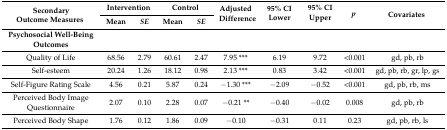
<table><thead><tr><td rowspan="2"><b>Secondary Outcome Measures</b></td><td colspan="2"><b>Intervention</b></td><td colspan="2"><b>Control</b></td><td rowspan="2"><b>Adjusted Difference</b></td><td rowspan="2"><b>95% CI Lower</b></td><td rowspan="2"><b>95% CI Upper</b></td><td rowspan="2"><b><i>p</i></b></td><td rowspan="2"><b>Covariates</b></td></tr><tr><td><b>Mean</b></td><td><b><i>SE</i></b></td><td><b>Mean</b></td><td><b><i>SE</i></b></td></tr><tr><td><b>Psychosocial Well-Being Outcomes</b></td><td></td><td></td><td></td><td></td><td></td><td></td><td></td><td></td><td></td></tr></thead><tbody><tr><td>Quality of Life</td><td>68.56</td><td>2.79</td><td>60.61</td><td>2.47</td><td>7.95 ***</td><td>6.19</td><td>9.72</td><td>&lt;0.001</td><td>gd, pb, rb</td></tr><tr><td>Self-esteem</td><td>20.24</td><td>1.26</td><td>18.12</td><td>0.98</td><td>2.13 ***</td><td>0.83</td><td>3.42</td><td>&lt;0.001</td><td>gd, pb, rb, gr, lp, gs</td></tr><tr><td>Self-Figure Rating Scale</td><td>4.56</td><td>0.21</td><td>5.87</td><td>0.24</td><td>−1.30 ***</td><td>−2.09</td><td>−0.52</td><td>&lt;0.001</td><td>gd, pb, rb, ms</td></tr><tr><td>Perceived Body Image Questionnaire</td><td>2.07</td><td>0.10</td><td>2.28</td><td>0.07</td><td>−0.21 **</td><td>−0.40</td><td>−0.02</td><td>0.008</td><td>gd, pb, rb</td></tr><tr><td>Perceived Body Shape</td><td>1.76</td><td>0.12</td><td>1.86</td><td>0.09</td><td>−0.10</td><td>−0.31</td><td>0.11</td><td>0.23</td><td>gd, pb, rb, ls</td></tr></tbody></table>